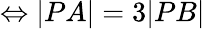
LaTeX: \Leftrightarrow|PA|=3|PB|